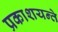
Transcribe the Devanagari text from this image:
प्रकाशयन्ते